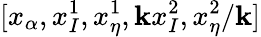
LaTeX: [x_{\alpha},x_{I}^{1},x_{\eta}^{1},\mathbf{k}x_{I}^{2},x_{\eta}^{2}/\mathbf{k}]